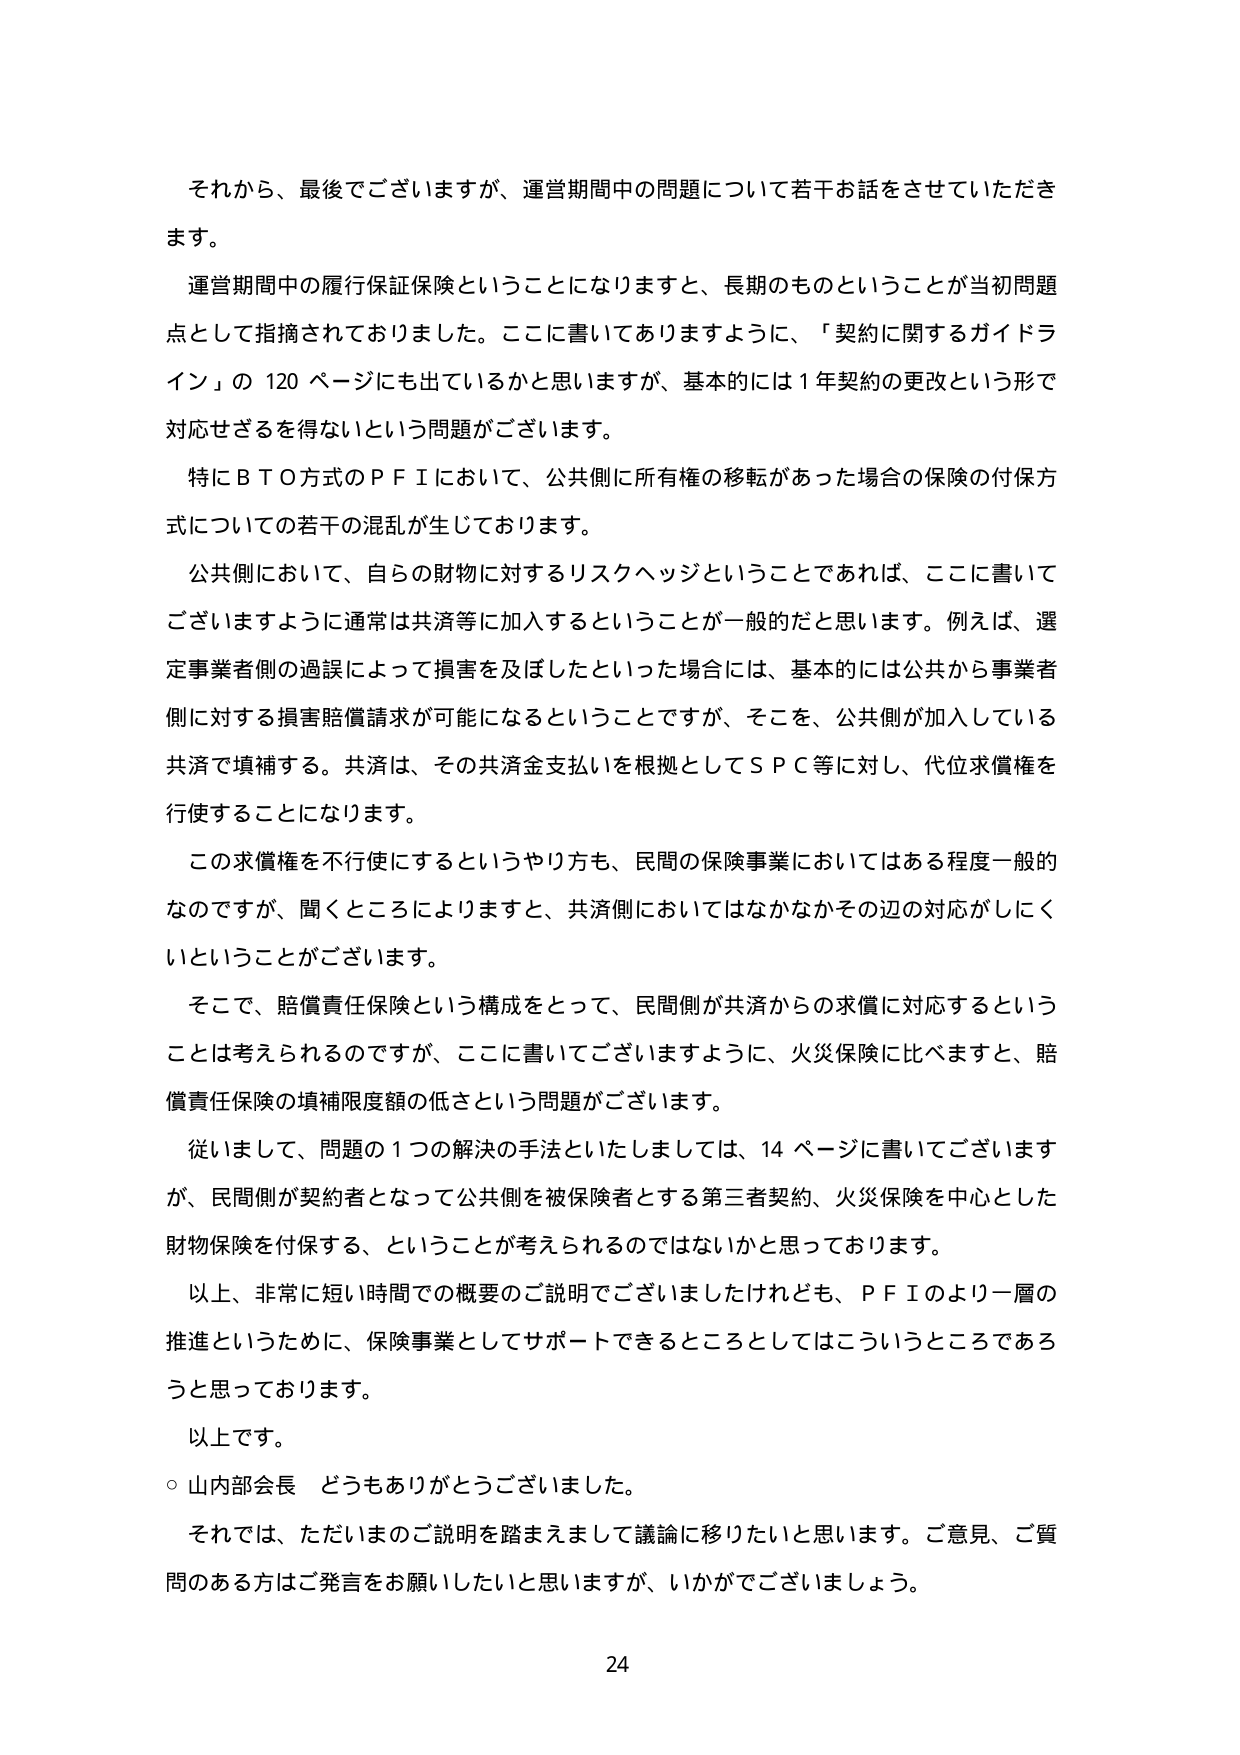
それから、最後でございますが、運営期間中の問題について若干お話をさせていただきます。

運営期間中の履行保証保険ということになりますと、長期のものということが当初問題点として指摘されておりました。ここに書いてありますように、「契約に関するガイドライン」の120ページにも出ているかと思いますが、基本的には1年契約の更改という形で対応せざるを得ないという問題がございます。

特にＢＴＯ方式のＰＦＩにおいて、公共側に所有権の移転があった場合の保険の付保方式についての若干の混乱が生じております。

公共側において、自らの財物に対するリスクヘッジということであれば、ここに書いてございますように通常は共済等に加入するということが一般的だと思います。例えば、選定事業者側の過誤によって損害を及ぼしたといった場合には、基本的には公共から事業者側に対する損害賠償請求が可能になるということですが、そこを、公共側が加入している共済で填補する。共済は、その共済金支払いを根拠としてＳＰＣ等に対し、代位求償権を行使することになります。

この求償権を不行使にするというやり方も、民間の保険事業においてはある程度一般的なのですが、聞くところによりますと、共済側においてはなかなかその辺の対応がしにくいということがございます。

そこで、賠償責任保険という構成をとって、民間側が共済からの求償に対応するということは考えられるのですが、ここに書いてございますように、火災保険に比べますと、賠償責任保険の填補限度額の低さという問題がございます。

従いまして、問題の1つの解決の手法といたしましては、14ページに書いてございますが、民間側が契約者となって公共側を被保険者とする第三者契約、火災保険を中心とした財物保険を付保する、ということが考えられるのではないかと思っております。

以上、非常に短い時間での概要のご説明でございましたけれども、ＰＦＩのより一層の推進というために、保険事業としてサポートできるところとしてはこういうところであろうと思っております。

以上です。

○山内部会長　どうもありがとうございました。

それでは、ただいまのご説明を踏まえまして議論に移りたいと思います。ご意見、ご質問のある方はご発言をお願いしたいと思いますが、いかがでございましょう。

24